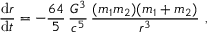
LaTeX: { \frac { \mathrm { d } r } { \mathrm { d } t } } = - { \frac { 6 4 } { 5 } } \, { \frac { G ^ { 3 } } { c ^ { 5 } } } \, { \frac { ( m _ { 1 } m _ { 2 } ) ( m _ { 1 } + m _ { 2 } ) } { r ^ { 3 } } } \ ,